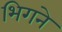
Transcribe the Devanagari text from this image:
भिगने